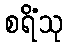
စရိံသု